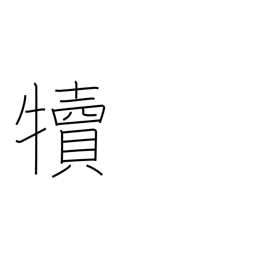
Meaning: calf